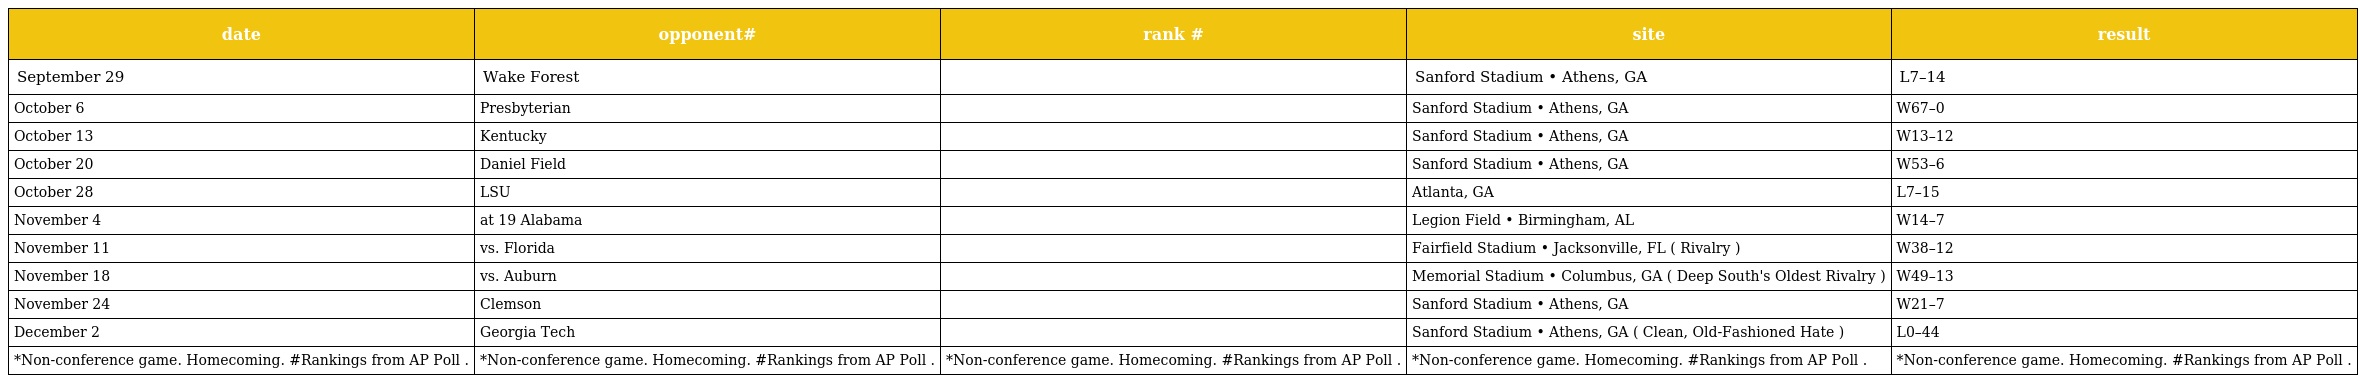
| date | opponent# | rank # | site | result |
 | --- | --- | --- | --- | --- |
 | September 29 | Wake Forest |  | Sanford Stadium • Athens, GA | L7–14 |
 | October 6 | Presbyterian |  | Sanford Stadium • Athens, GA | W67–0 |
 | October 13 | Kentucky |  | Sanford Stadium • Athens, GA | W13–12 |
 | October 20 | Daniel Field |  | Sanford Stadium • Athens, GA | W53–6 |
 | October 28 | LSU |  | Atlanta, GA | L7–15 |
 | November 4 | at 19 Alabama |  | Legion Field • Birmingham, AL | W14–7 |
 | November 11 | vs. Florida |  | Fairfield Stadium • Jacksonville, FL ( Rivalry ) | W38–12 |
 | November 18 | vs. Auburn |  | Memorial Stadium • Columbus, GA ( Deep South's Oldest Rivalry ) | W49–13 |
 | November 24 | Clemson |  | Sanford Stadium • Athens, GA | W21–7 |
 | December 2 | Georgia Tech |  | Sanford Stadium • Athens, GA ( Clean, Old-Fashioned Hate ) | L0–44 |
 | *Non-conference game. Homecoming. #Rankings from AP Poll . | *Non-conference game. Homecoming. #Rankings from AP Poll . | *Non-conference game. Homecoming. #Rankings from AP Poll . | *Non-conference game. Homecoming. #Rankings from AP Poll . | *Non-conference game. Homecoming. #Rankings from AP Poll . |